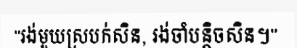
"រង់មួយស្របក់សិន, រង់ចាំបន្តិចសិន។"